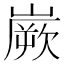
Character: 嶡